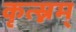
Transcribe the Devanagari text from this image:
कृत्स्नम्‌